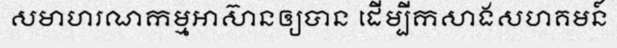
សមាហរណកម្មអាស៊ានឲ្យបាន ដើម្បីកសាងសហគមន៍